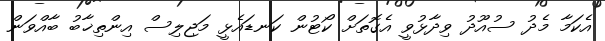
އެކަމާ މެދު ސުއޫދު ވިދާޅުވީ އެގޮތަށް ކޯޓުން ކަނޑައެޅީ މަޖިލިސް އިންތިޚާބު ބާއްވަން